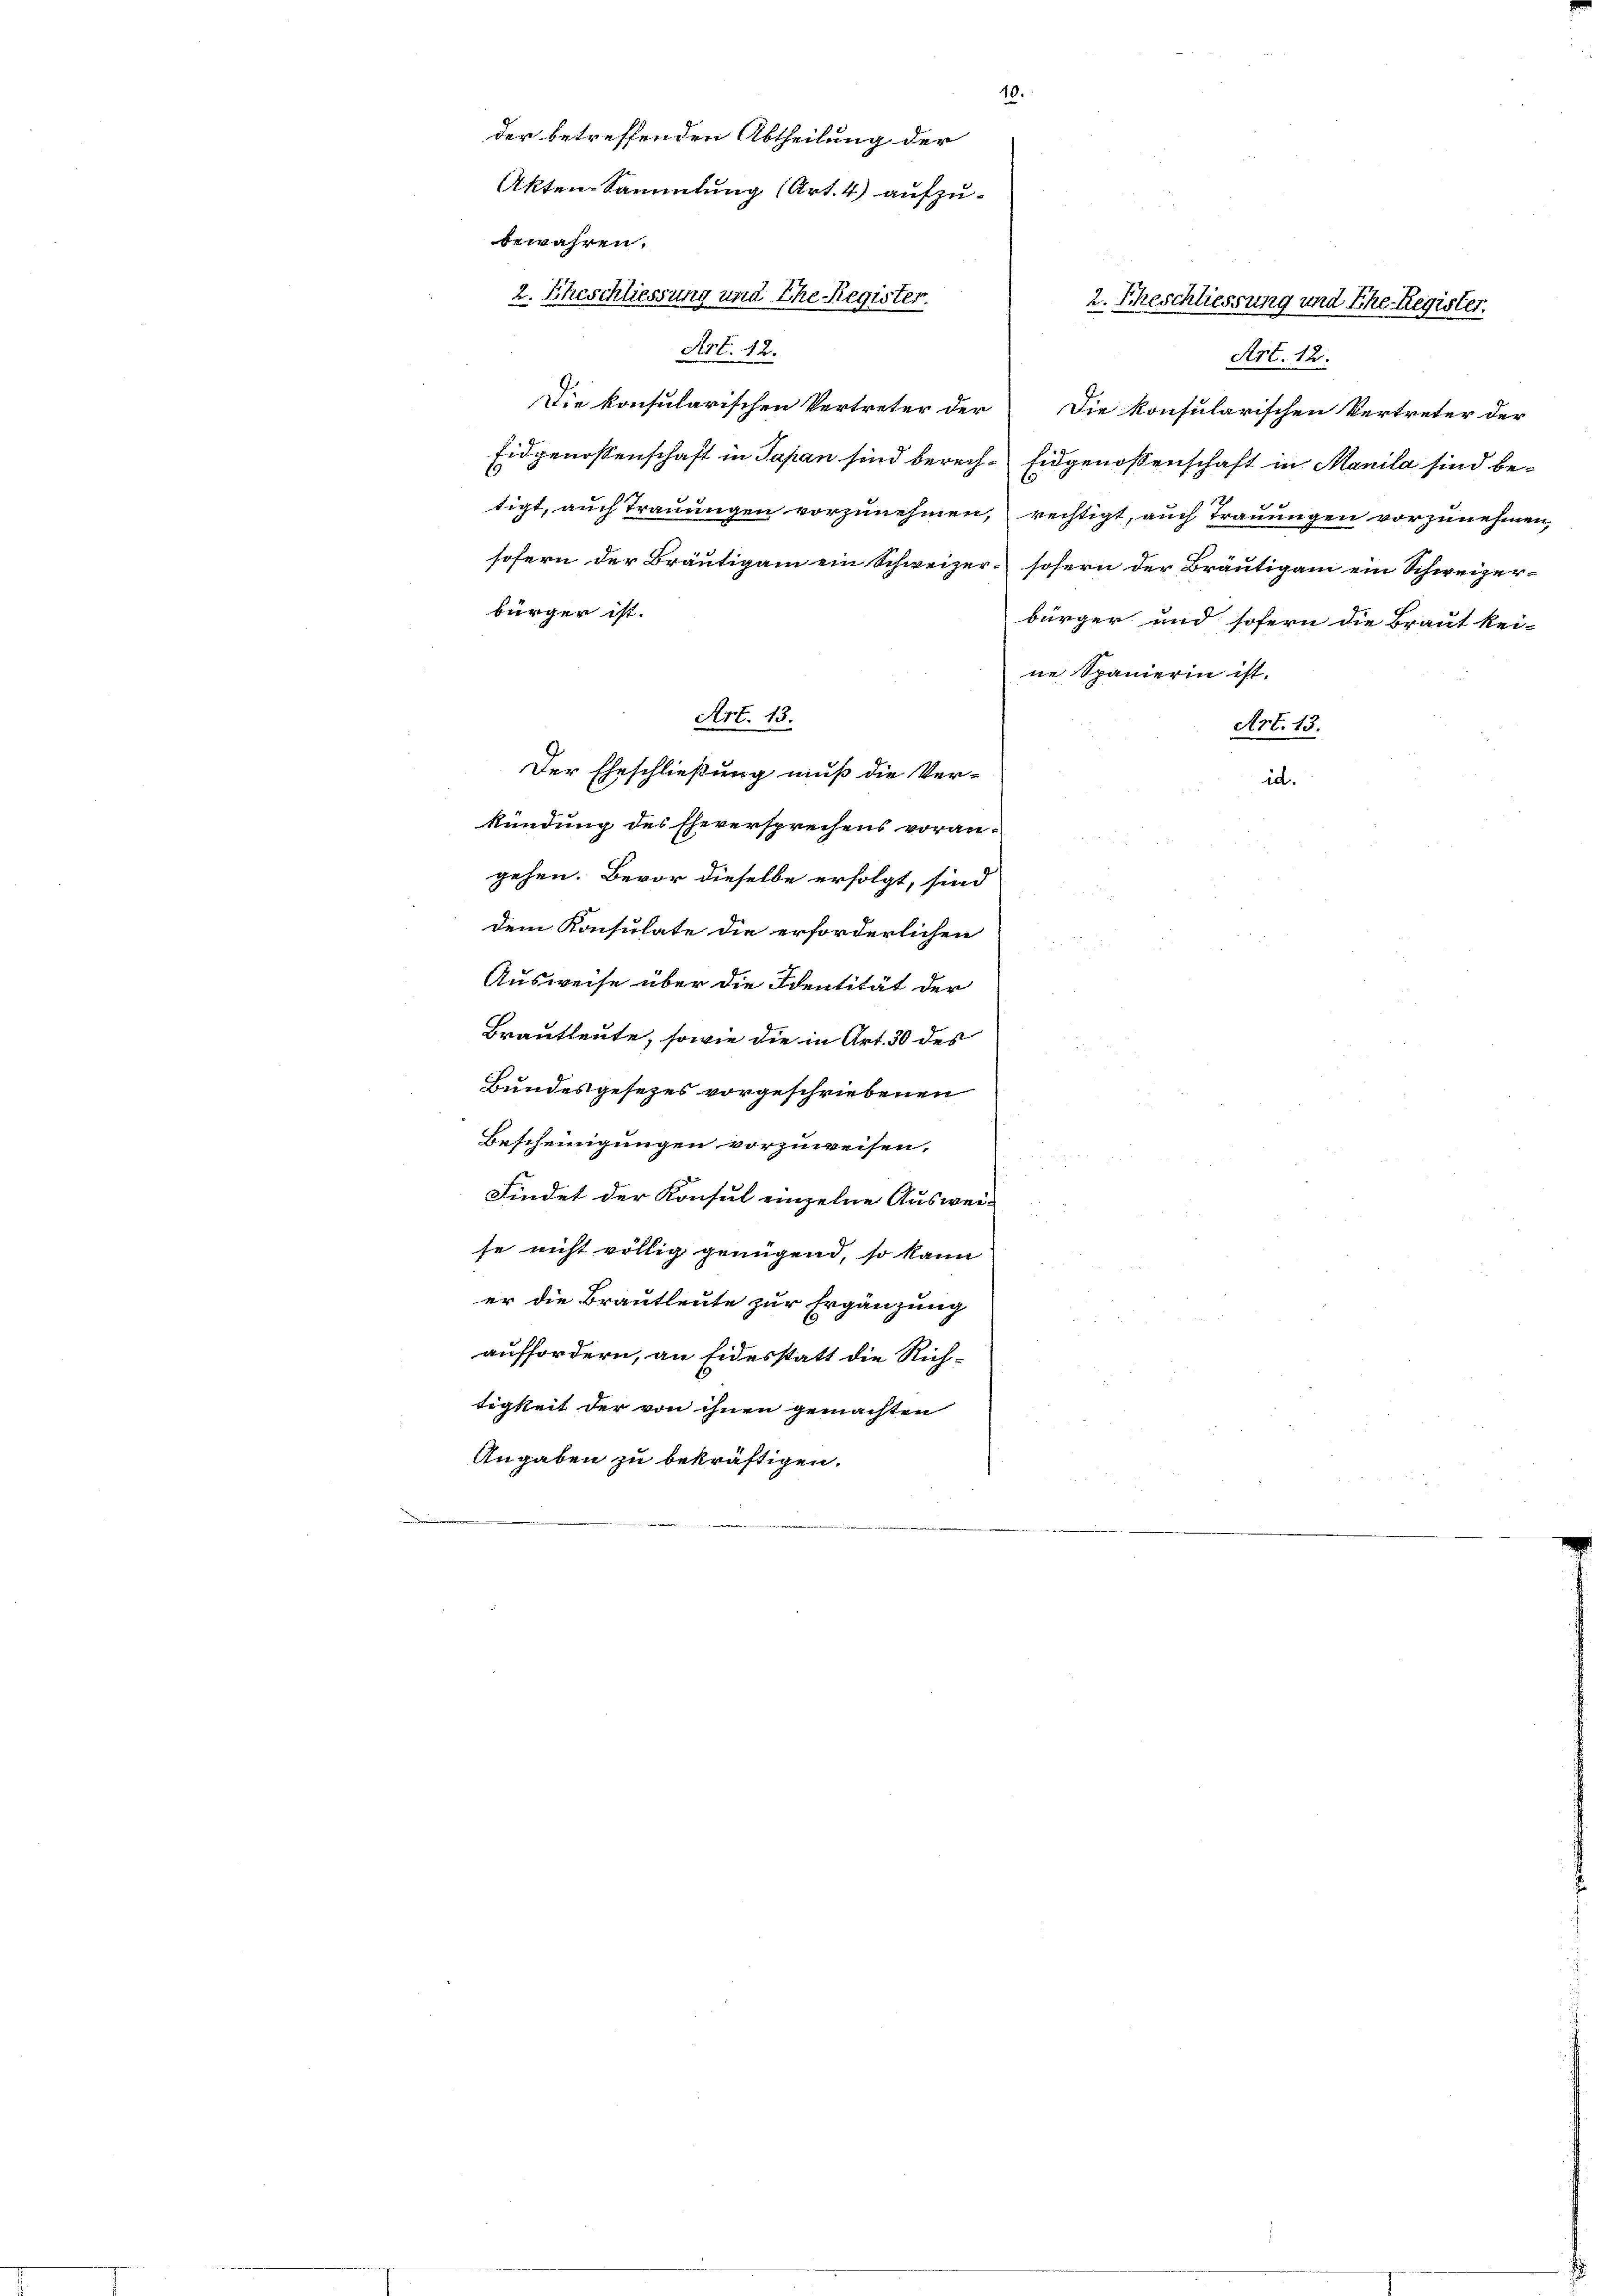
bewahren.
2. Eheschliessung und Ehe Register.
Art. 12.
Art. 12.
Die konsularischen Vertreter der Die konsularischen Vertreter der
Eidgenossenschaft in Papan sind bereche Eidgenossenschaft in Manila sind betigt, auch Trauungen vorzunehmen, rechtigt, auch Trauungen vorzunehmen,
sofern der Bräutigam ein Schweizer- sofern der Bräutigam ein Schweizer-
bürger ist.
bürger und sofern die Braut kei-
ne Spanierin ist.
Art. 13.
Art. 13.
Der Eheschließung muß die Ver-
id.
kündung des Eheversprechens voran-
gehen. Bevor dieselbe erfolgt, sind
dem Konsulate die erforderlichen
Ausweise über die Identität der
Brautleute, sowie die in Art. 30 des
Bundesgesezes vorgeschriebenen
Bescheinigungen vorzuweisen,
Findet der Konsul einzelne Ausweise nicht völlig genügend, so kann
er die Brautleute zur Ergänzung
auffordern, an Eidesstatt die Rich-
tigkeit der von ihnen gemachten
Angaben zu bekräftigen.

10.
der betreffenden Abtheilung der
Akten-Sammlung (Art. 4) aufzu¬

2. Eheschliessung und Ehe-Register.